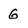
Character: G